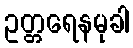
ဥတ္တရေနမုခါ